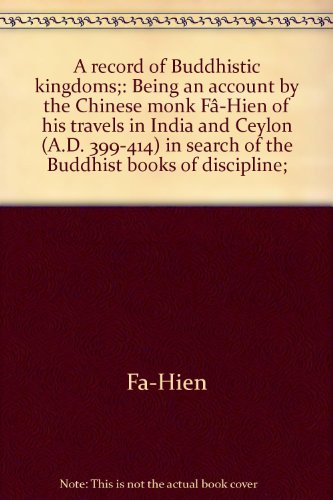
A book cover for A record of Buddhistic kingdoms;: Being an account by the Chinese monk FaÃEEE-Hien of his travels in India and Ceylon (A.D. 399-414) in search of the Buddhist books of discipline;; Fa-hsien; Travel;